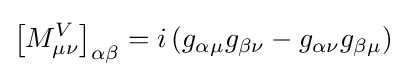
\left[M_{\mu \nu }^{V}\right]_{\alpha \beta }=i\left(g_{\alpha \mu }g_{\beta \nu }-g_{\alpha \nu }g_{\beta \mu }\right)